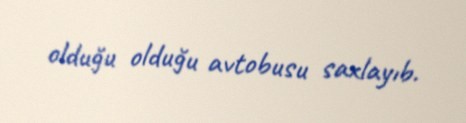
olduğu olduğu avtobusu saxlayıb.